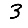
Digit: 3